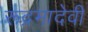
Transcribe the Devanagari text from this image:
रूद्रमादेवी